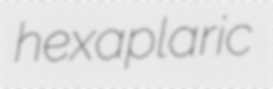
hexaplaric